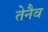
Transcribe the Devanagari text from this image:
तेनैव